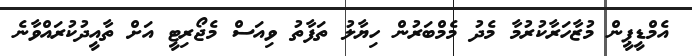
އެމްޑީޕީން މުޒާހަރާކުރުމާ މެދު މެމްބަރުން ހިޔާލު ތަފާތު ވިއަސް މެޖޯރިޓީ އަށް ތާއީދުކުރައްވާނެ